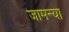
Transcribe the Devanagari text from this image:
जामन्या